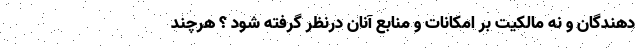
دهندگان و نه مالکیت بر امکانات و منابع آنان درنظر گرفته شود ؟ هرچند